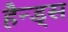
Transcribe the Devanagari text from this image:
हैन्ड्स